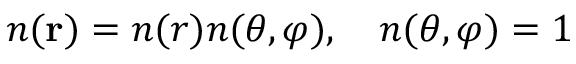
n ( \mathbf r ) = n ( r ) n ( \theta , \varphi ) , \quad n ( \theta , \varphi ) = 1